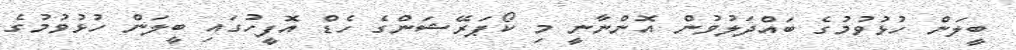
ބީލަން ހުޅުވުމުގެ ބައްދަލުވުން އޮންނާނީ މި ކޯޕަރޭޝަންގެ ހެޑް އޮފީހުގައި ބީލަން ހުޅުވުމުގެ